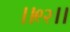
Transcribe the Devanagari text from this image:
।।९२।।